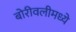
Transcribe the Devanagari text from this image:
बोरीवलीमध्ये